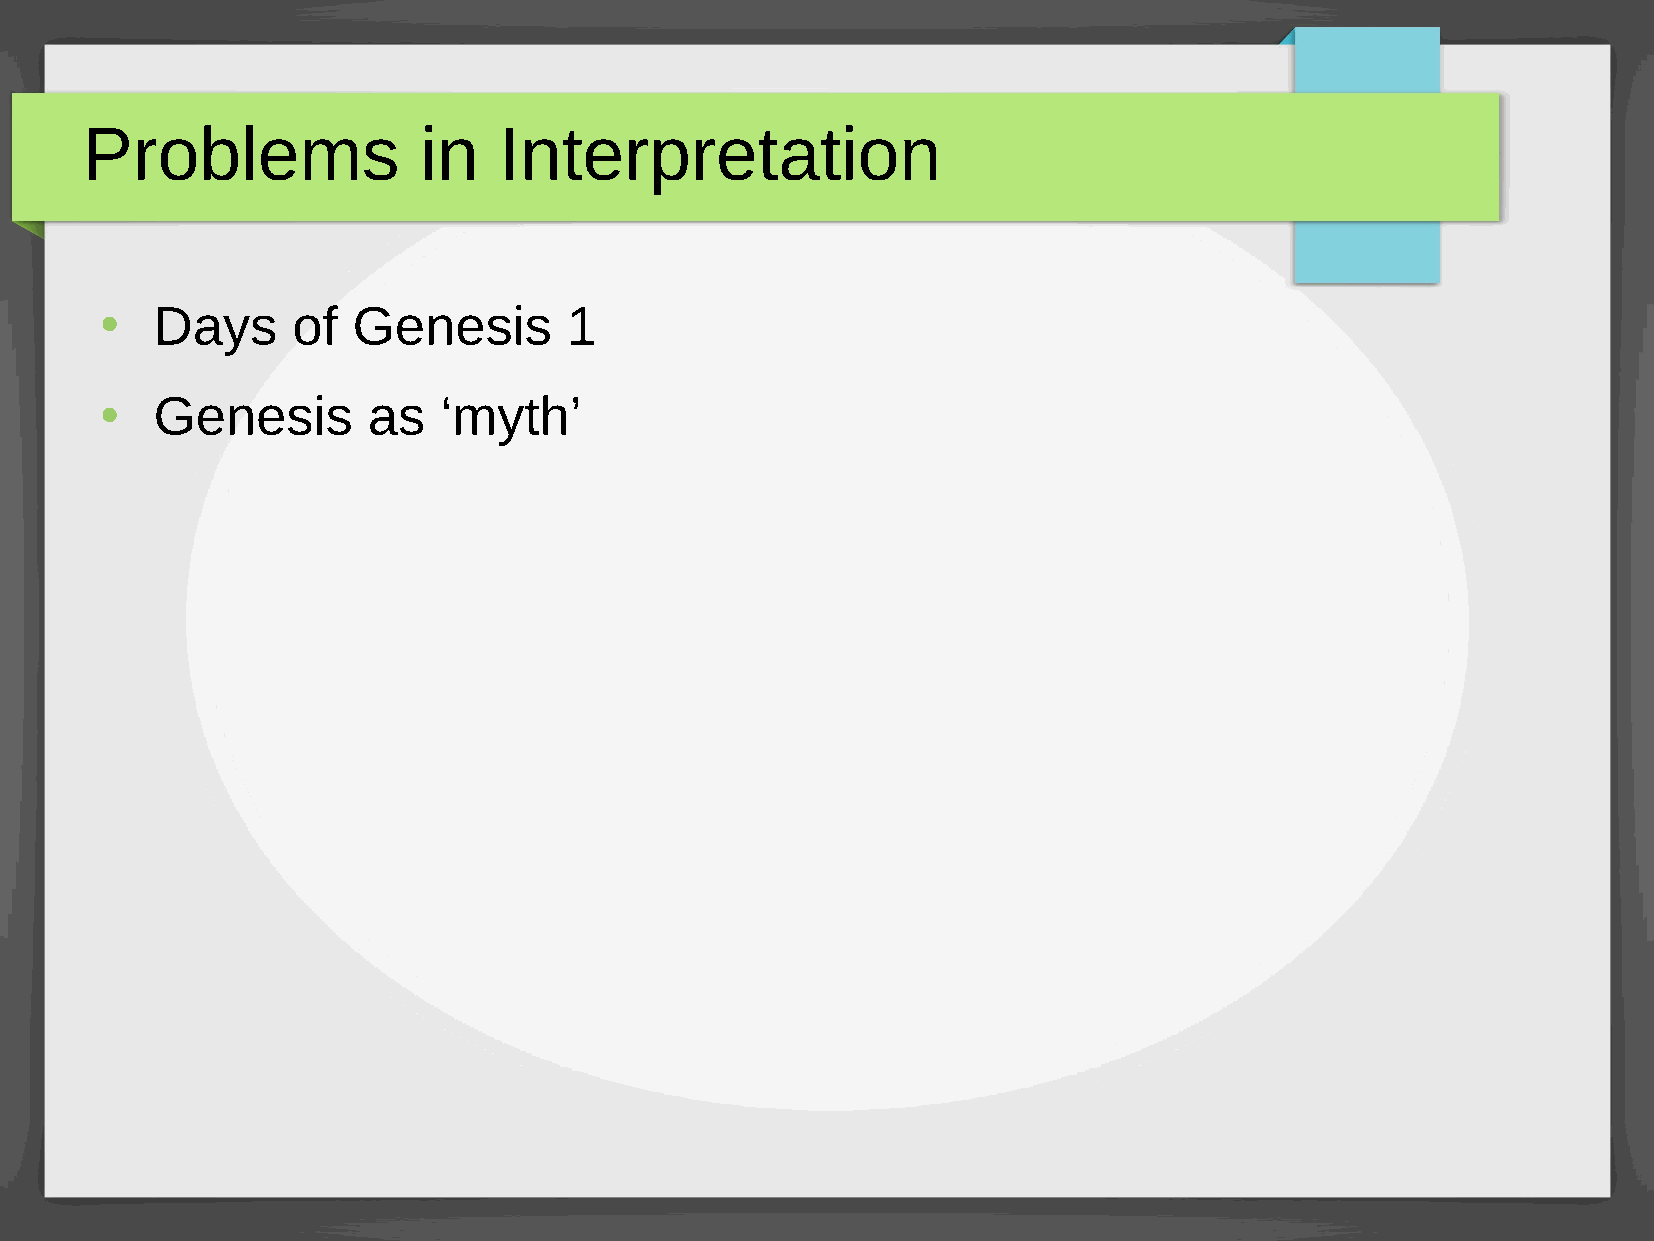
Problems               in   Interpretation
 Days     of  Genesis        1
 ●
 Genesis       as   ‘myth’
 ●